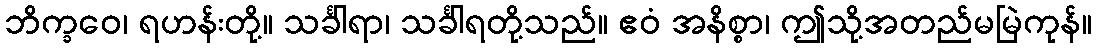
ဘိက္ခဝေ၊ ရဟန်းတို့။ သင်္ခါရာ၊ သင်္ခါရတို့သည်။ ဧဝံ အနိစ္စာ၊ ဤသို့အတည်မမြဲကုန်။